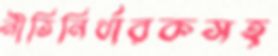
নীতিনির্ধারকসহ